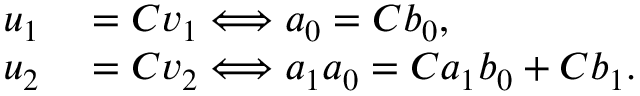
\begin{array} { r l } { u _ { 1 } } & { { } = C v _ { 1 } \Longleftrightarrow a _ { 0 } = C b _ { 0 } , } \\ { u _ { 2 } } & { { } = C v _ { 2 } \Longleftrightarrow a _ { 1 } a _ { 0 } = C a _ { 1 } b _ { 0 } + C b _ { 1 } . } \end{array}